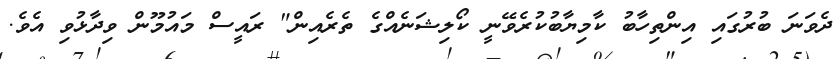
ދެވަނަ ބުރުގައި އިންތިހާބު ކާމިޔާބުކުރެވޭނީ ކޯލިޝަނެއްގެ ތެރެއިން" ރައީސް މައުމޫން ވިދާޅުވި އެވެ.